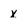
Character: x